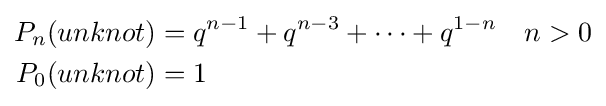
{\begin{aligned}P_{n}(unknot)&=q^{n-1}+q^{n-3}+\cdots +q^{1-n}&&n>0\\P_{0}(unknot)&=1\end{aligned}}